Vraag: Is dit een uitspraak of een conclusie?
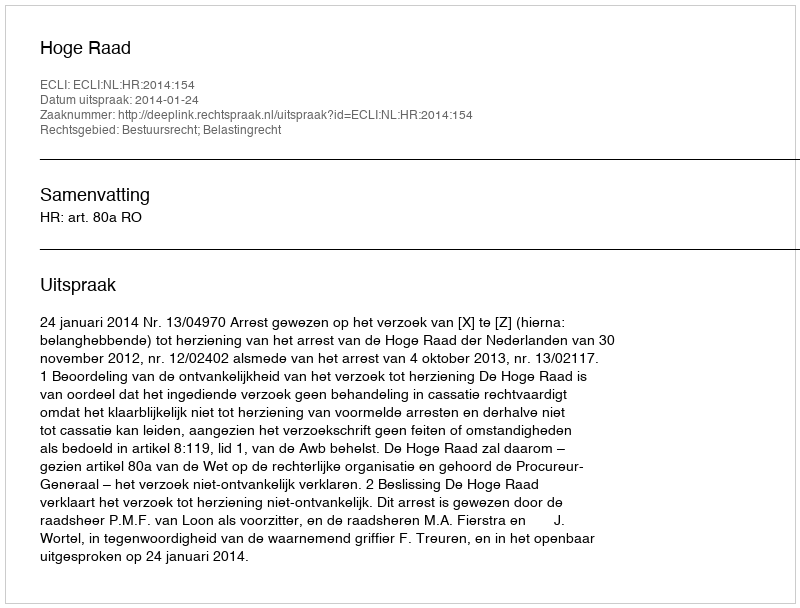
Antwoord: Uitspraak